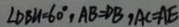
\angle D B N = 6 0 ^ { \circ } , A B = D B , A C = A E